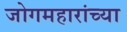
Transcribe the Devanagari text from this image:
जोगमहारांच्या